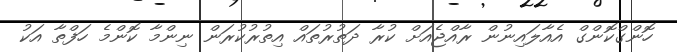
ހޮންގްކޮންގް އެއާލައިނުން ރާއްޖެއަށް ކުރާ ދަތުރުތައް އިތުރުކުރަން ނިންމާ ކޮންމެ ހަފްތާ އަކު